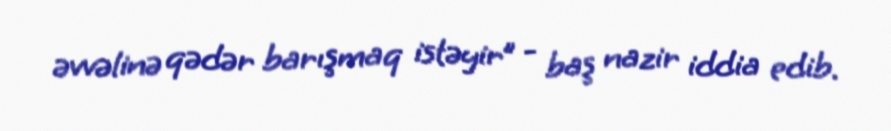
əvvəlinə qədər barışmaq istəyir” - baş nazir iddia edib.